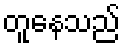
တူနေသည်